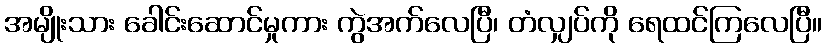
အမျိုးသား ခေါင်းဆောင်မှုကား ကွဲအက်လေပြီ၊ တံလျှပ်ကို ရေထင်ကြလေပြီ။